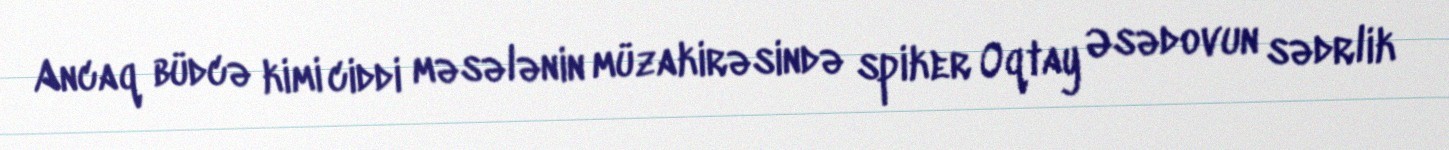
Ancaq büdcə kimi ciddi məsələnin müzakirəsində spiker Oqtay Əsədovun sədrlik